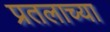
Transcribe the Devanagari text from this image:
प्रतलाच्या